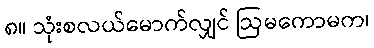
၈။ သုံးစလယ်မောက်လျှင် ဩမကောမက၊